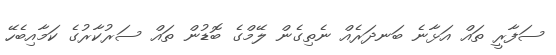
ސަފާރީ ތައް އަޅާނެ ބަނދަރެއް ނެތިގެން ލޭމްގެ ބޮޑުން ތައް ސަރުކާރުގެ ކަމާއިބެހޭ